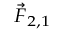
\scriptstyle { \vec { F } } _ { 2 , 1 }